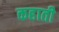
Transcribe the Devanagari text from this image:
कहाती